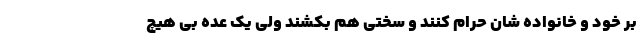
بر خود و خانواده شان حرام کنند و سختی هم بکشند ولی یک عده بی هیچ